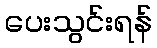
ပေးသွင်းရန်